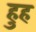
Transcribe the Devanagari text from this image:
हुह